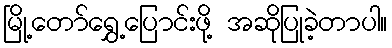
မြို့တော်ရွှေ့ပြောင်းဖို့ အဆိုပြုခဲ့တာပါ။